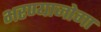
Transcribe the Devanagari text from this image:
भरण्याजोगा